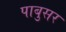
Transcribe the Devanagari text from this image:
पाबुसर